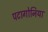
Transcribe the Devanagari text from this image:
पटागोनिया